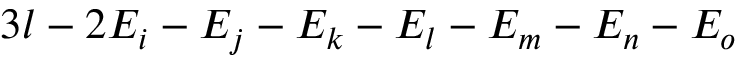
3 l - 2 E _ { i } - E _ { j } - E _ { k } - E _ { l } - E _ { m } - E _ { n } - E _ { o }